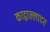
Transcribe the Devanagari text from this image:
काद्वाल्लादर